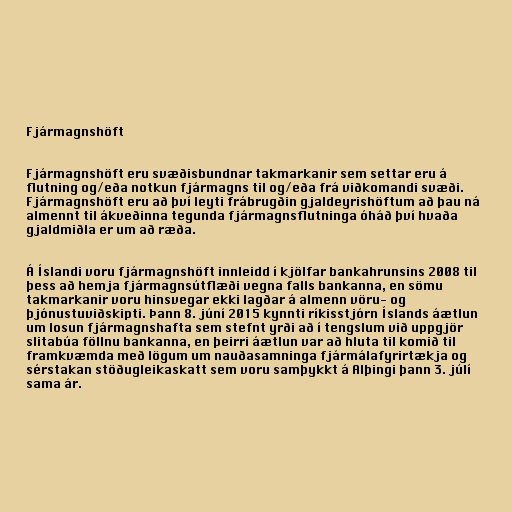
Fjármagnshöft

Fjármagnshöft eru svæðisbundnar takmarkanir sem settar eru á
flutning og/eða notkun fjármagns til og/eða frá viðkomandi svæði.
Fjármagnshöft eru að því leyti frábrugðin gjaldeyrishöftum að þau ná
almennt til ákveðinna tegunda fjármagnsflutninga óháð því hvaða
gjaldmiðla er um að ræða.

Á Íslandi voru fjármagnshöft innleidd í kjölfar bankahrunsins 2008 til
þess að hemja fjármagnsútflæði vegna falls bankanna, en sömu
takmarkanir voru hinsvegar ekki lagðar á almenn vöru- og
þjónustuviðskipti. Þann 8. júní 2015 kynnti ríkisstjórn Íslands áætlun
um losun fjármagnshafta sem stefnt yrði að í tengslum við uppgjör
slitabúa föllnu bankanna, en þeirri áætlun var að hluta til komið til
framkvæmda með lögum um nauðasamninga fjármálafyrirtækja og
sérstakan stöðugleikaskatt sem voru samþykkt á Alþingi þann 3. júlí
sama ár.